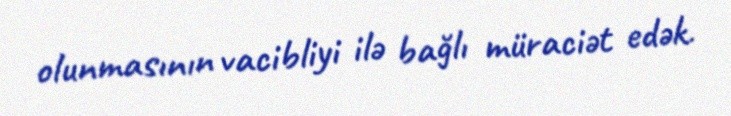
olunmasının vacibliyi ilə bağlı müraciət edək.